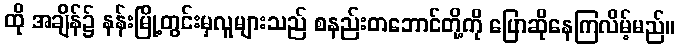
ထို အချိန်၌ နန်းမြို့တွင်းမှလူများသည် စနည်းတဘောင်တို့ကို ပြောဆိုနေကြလိမ့်မည်။